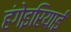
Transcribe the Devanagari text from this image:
हंगेइरियाई